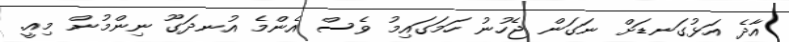
އާދެ އަޅުގަނޑަށް ނަގަން ޖެހުނު ހަމަގައިމު ވެސް އެންމެ އުނދަގޫ ނިންމުން މިއީ.